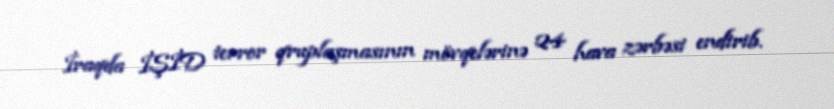
İraqda İŞİD terror qruplaşmasının mövqelərinə 24 hava zərbəsi endirib.